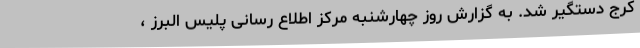
کرج دستگیر شد. به گزارش روز چهارشنبه مرکز اطلاع رسانی پلیس البرز ،